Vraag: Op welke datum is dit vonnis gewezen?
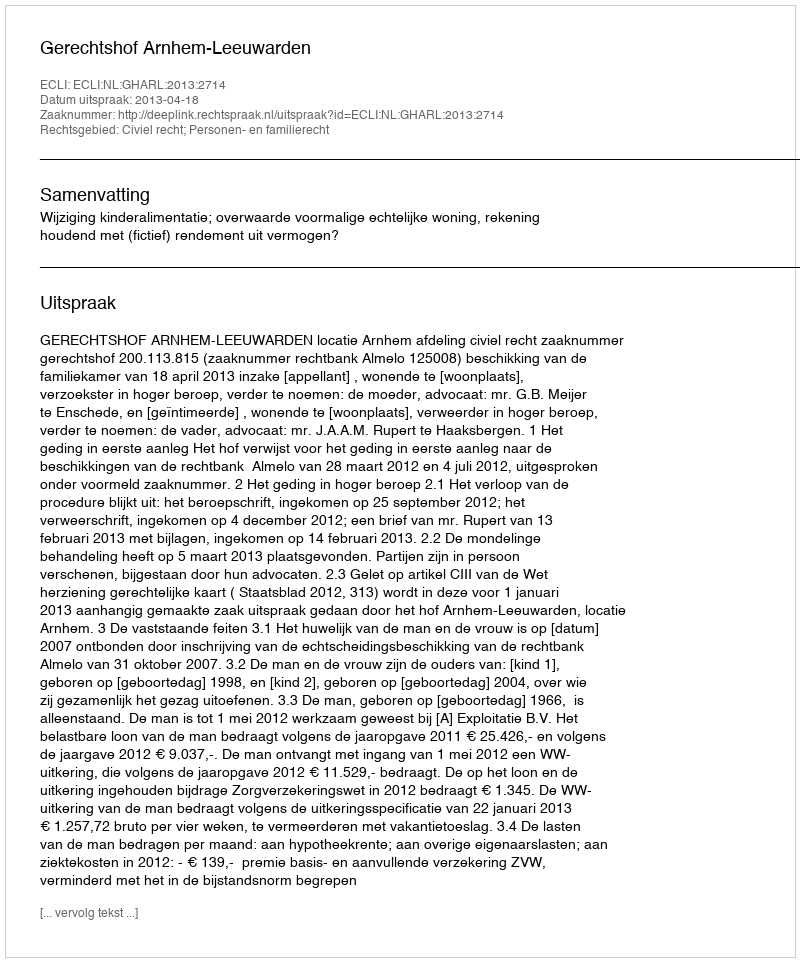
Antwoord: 2013-04-18